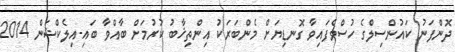
ދޮންފަނު ކައުންސިލްގެ ހުސްވެފައިވާ ގޮނޑިޔަށް މެންބަރަކު އިންތިޚާބު ކުރުމަށް ބާއްވާ ބައި-އިލެކްޝަން 2014